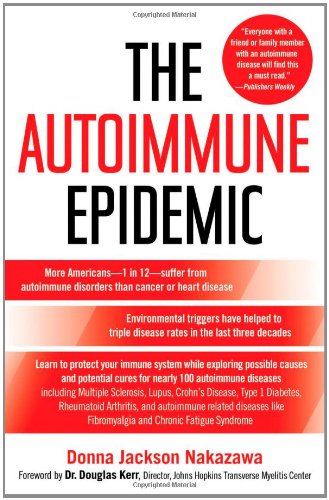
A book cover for The Autoimmune Epidemic; Donna Jackson Nakazawa; Medical Books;